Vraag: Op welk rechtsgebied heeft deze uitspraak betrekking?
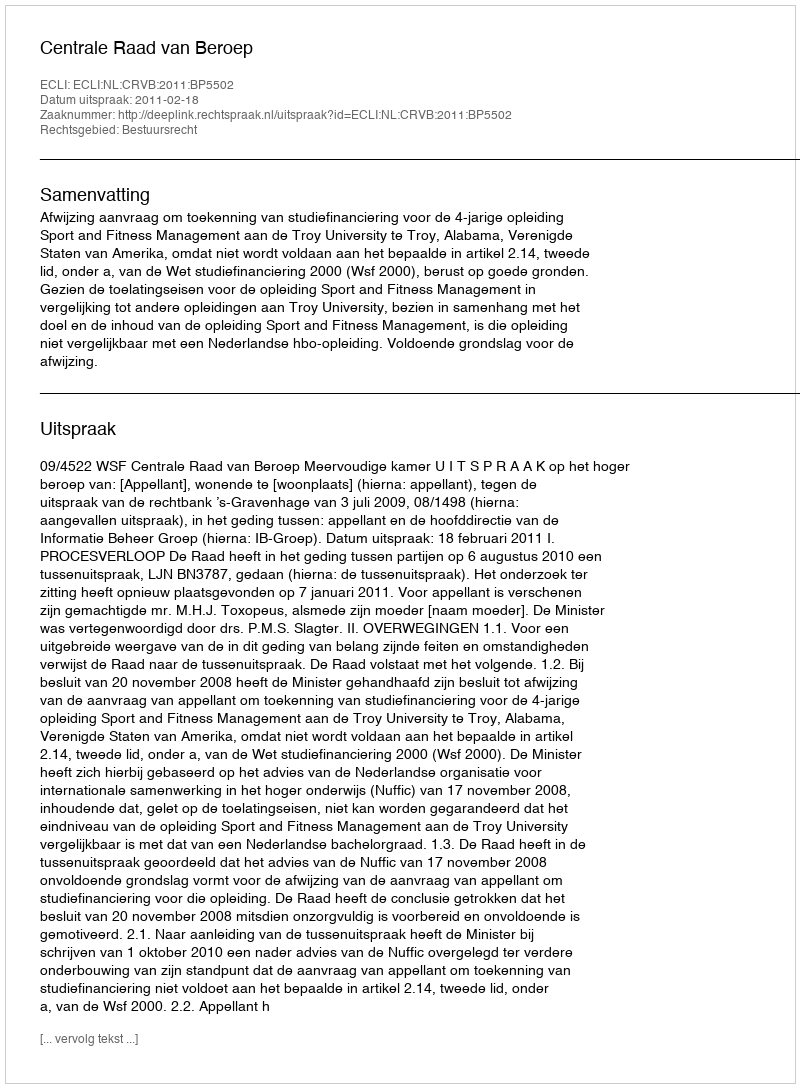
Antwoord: Bestuursrecht